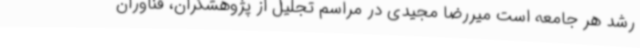
رشد هر جامعه است میررضا مجیدی در مراسم تجلیل از پژوهشگران، فناوران